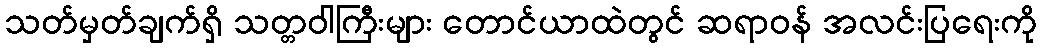
သတ်မှတ်ချက်ရှိ သတ္တဝါကြီးများ တောင်ယာထဲတွင် ဆရာဝန် အလင်းပြရေးကို